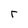
Character: r